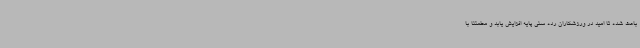
باعث شده تا امید در ورزشکاران رده سنی پایه افزایش یابد و مطمئنا با